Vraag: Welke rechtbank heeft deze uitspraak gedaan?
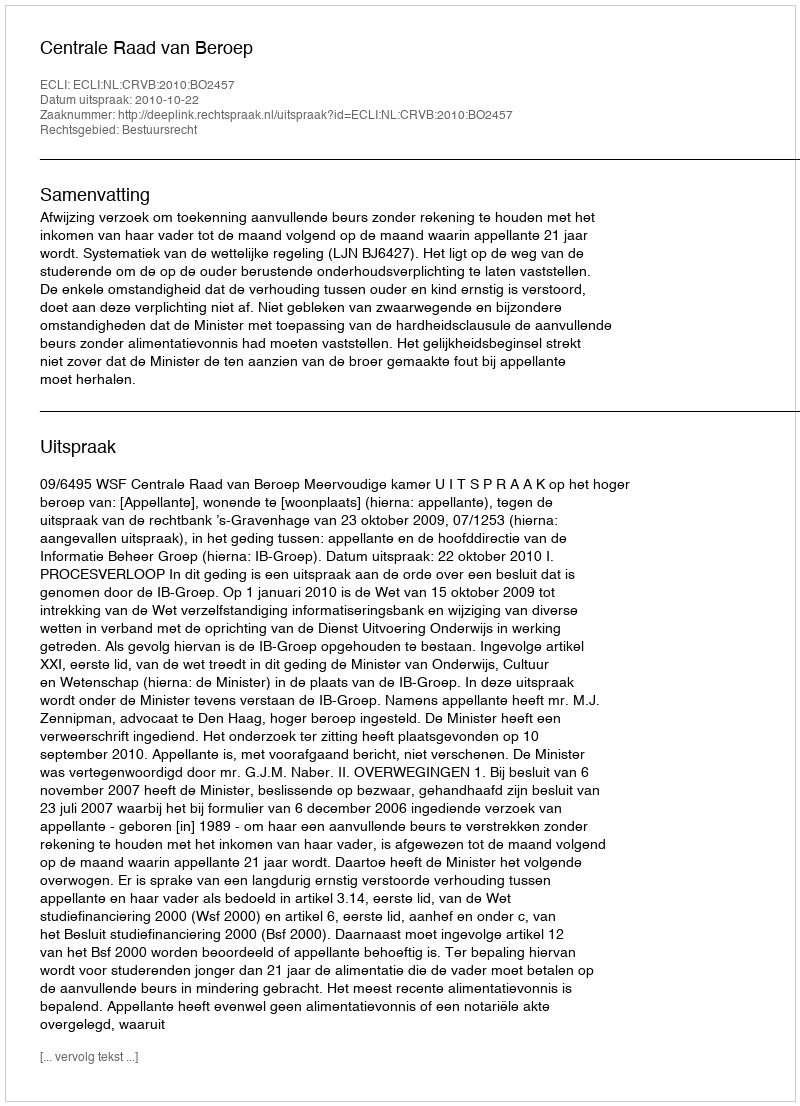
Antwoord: Centrale Raad van Beroep